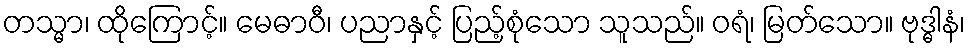
တသ္မာ၊ ထိုကြောင့်။ မေဓာဝီ၊ ပညာနှင့် ပြည့်စုံသော သူသည်။ ဝရံ၊ မြတ်သော။ ဗုဒ္ဓါနံ၊